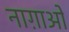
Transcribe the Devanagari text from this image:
नाग़ाओ